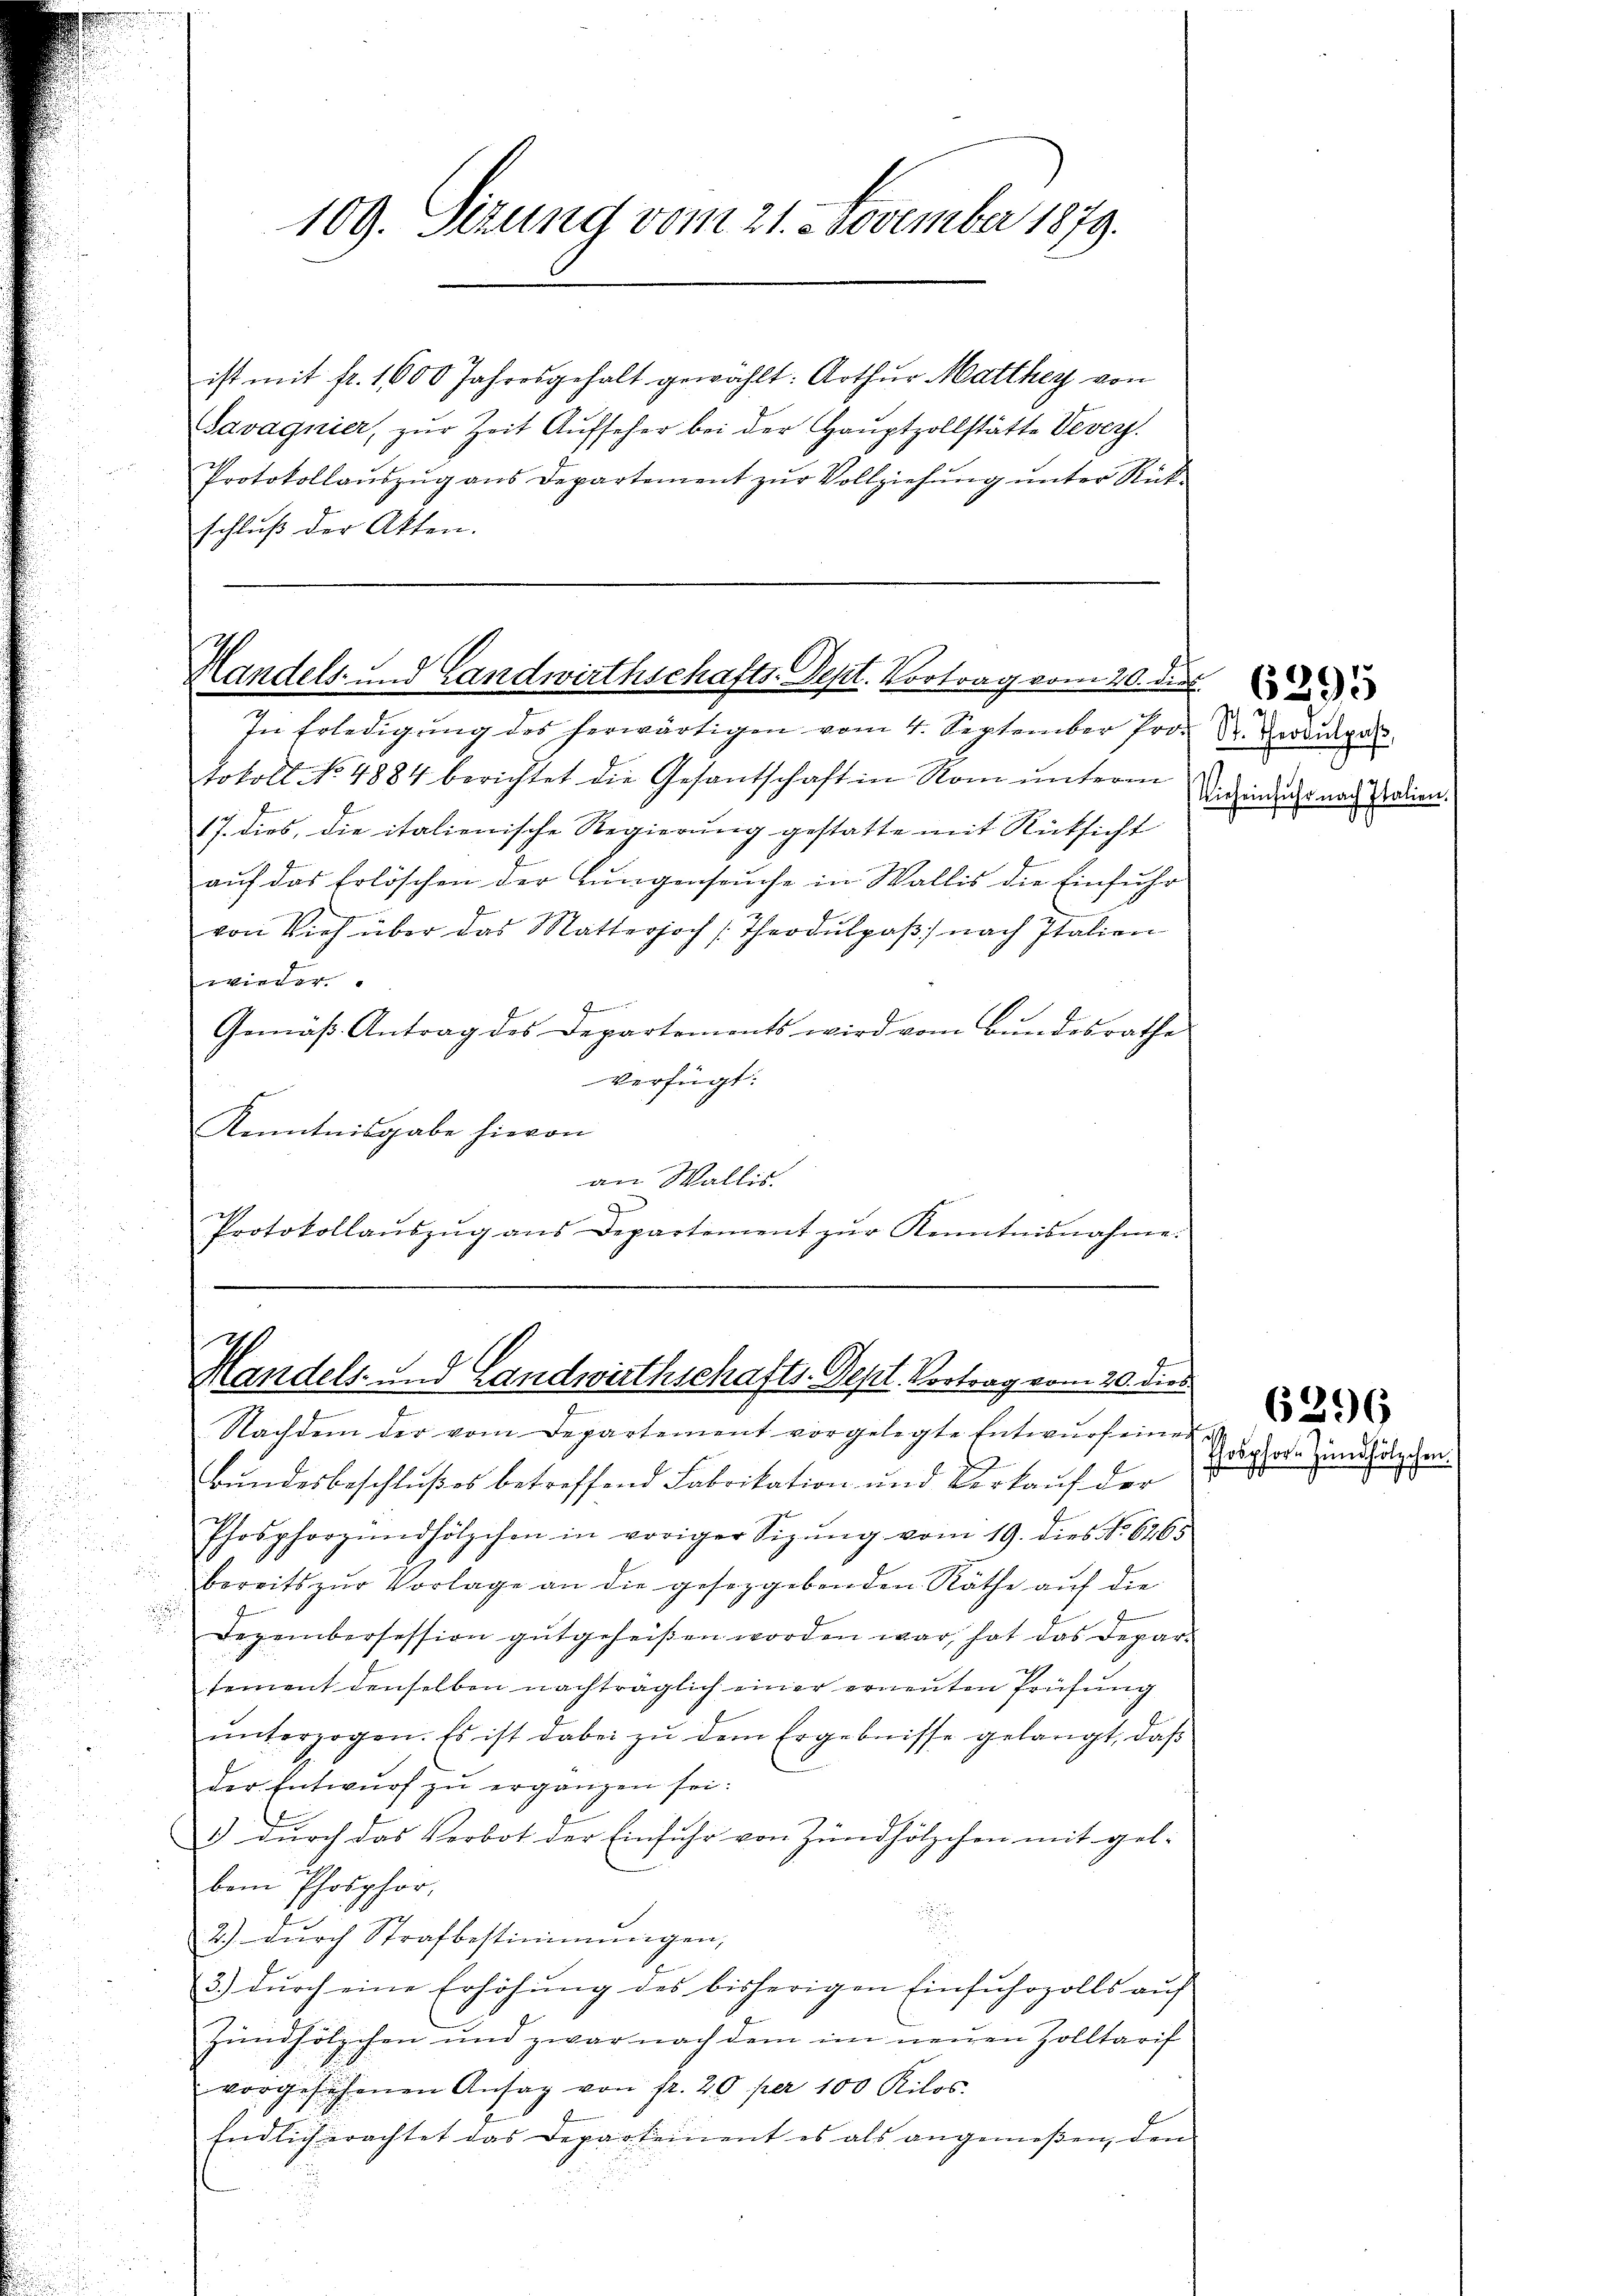
109. Sizung vom 21. November 1879.

ist mit fr. 1600 Jahresgehalt gewählt: Arthur Matthey von
Savagnier, zŭr Zeit Aŭfseher bei der Haŭptzollstätte Vevers.
Protokollaŭszŭg ans Departement zŭr Vollziehŭng ŭnter Rück-
schluß der Akten.

Handels- und Landwirthschafts-Sept. Vortrag vom 20. die
In Erledigŭng des herwärtigen vom 4. September Pro Dr. Herausgel

tokoll No 4884 berichtet die Gesantschaft in Rom unterm
17. dies, die italienische Regierŭng gestatte mit Rücksicht
auf das Erlöschen der Lungenseuche in Wallis die Einfuhr
von Vieh über das Matterjoch Theodŭlpaβ nach Italien
i
Gemäß Antrag des Departements wird vom Bundesrathe
verfügt:
Kenntnisgabe hievon
an Wallis
d
Protokollaŭszŭg ans Departement zŭr Kenntnisnahme.

Handels- und Landwirthschafts-Dept. Vortrag vom 20. dies

Nachdem der vom Departement vorgelegte Entwŭrfeines
Bundesbeschlußes betreffend Fabrikation und Verkauf der
Phosphorzŭndhölzchen in voriger Sizŭng vom 19. dies No. 6265
bereits zŭr Vorlage an die geseggebenden Räthe auf die
.
Dezembersession gŭtgeheißen worden war, hat das Depar-
sement denselben nachträglich einer erneuten Prüfung
ŭnterzogen. Es ist dabei zŭ dem Ergebnisse gelangt, daβ
der Entwŭrf zu ergänzen sei.
) dŭrch das Verbot der Einfuhr von Zündhölzchen mit geb.
bem Phosphor,
d
2.) dŭrch Strafbestimmungen,
3.) durch eine Erhöhung des bisherigen Einfuhrzolls auf
Zündhölzchen und zwar nach dem im neŭen Zolltarif
vorgesehenen Ansag von fr. 20 per 100 Kilos.
Endlich erachtet das Departement es als angemeßen, dem
u

Vieheinfuhr nach Italien.

Propor. J.

6396

hölzchen